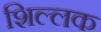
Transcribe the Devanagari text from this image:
शिल्‍लक